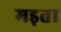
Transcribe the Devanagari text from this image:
मड़ता